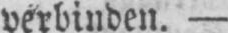
verbinden. -